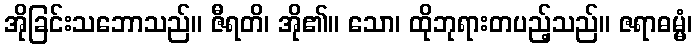
အိုခြင်းသဘောသည်။ ဇီရတိ၊ အို၏။ သော၊ ထိုဘုရားတပည့်သည်။ ဇရာဓမ္မံ၊